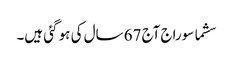
سشما سوراج آج 67 سال کی ہو گئی ہیں۔